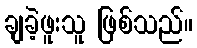
ချခဲ့ဖူးသူ ဖြစ်သည်။